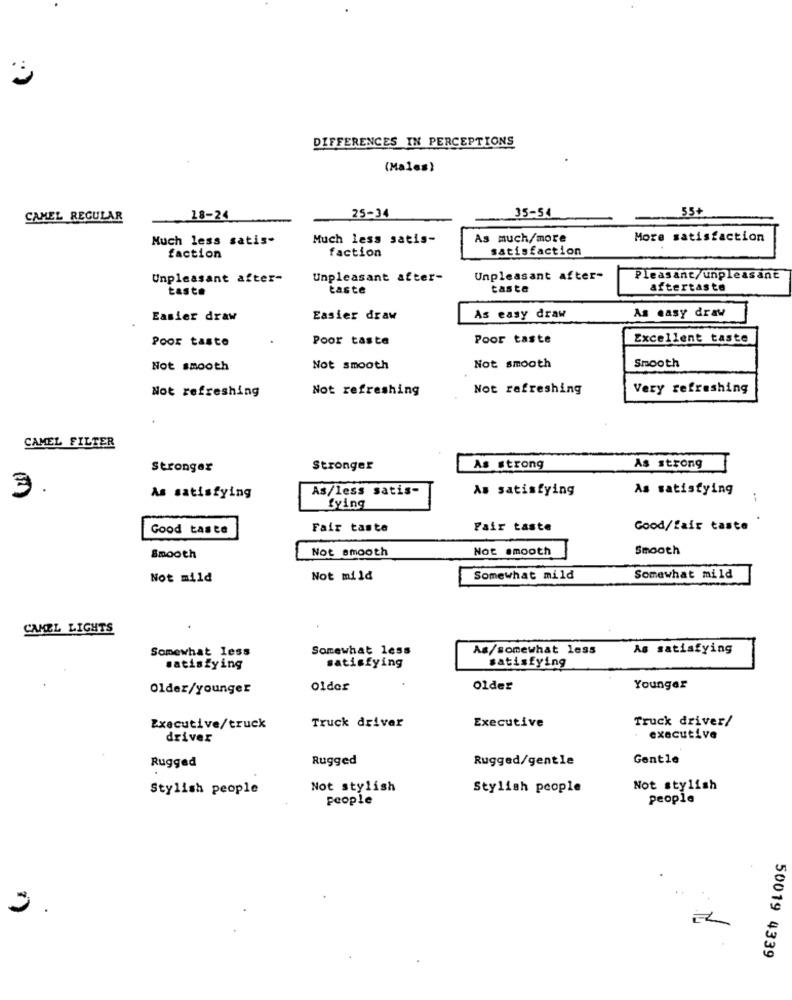
3
DIFFERENCES IN PERCEPTIONS
(Males)
35-54
55
CAMEL REGULAR
18-24
25-34
Much less satis-
Much less satis-
As much/more
More satisfaction
faction
satisfaction
faction
Unpleasant after-
Unpleasant after-
Unpleasant after-
Pleasant/unpleasant
taste
taste
taste
aftertaste
As easy draw
Easier draw
Easier draw
As easy draw
Poor taste
Poor taste
Poor taste
Excellent taste
Not smooth
Smooth
Not smooth
Not smooth
Not refreshing
Not refreshing
Not refreshing
Very refreshing
CAMEL FILTER
Stronger
Stronger
As strong
As strong
As/less satis-
As satisfying
As satisfying
3.
As satisfying
--
fying
.
Good taste
Fair taste
Fair taste
Good/fair taste
Not smooth
Not smooth
Smooth
Smooth
Not mild
Not mild
Somewhat mild
Somewhat mild
CAMEL LIGHTS
Somewhat less
Somewhat less
As/somewhat less
As satisfying
satisfying
satisfying
satisfying
Older/younger
Older
Older
Younger
Truck driver
Executive
Truck driver/
Executive/truck
driver
executive
Rugged
Rugged
Rugged/gentle
Gentle
Stylish people
Not stylish
Stylish people
Not stylish
people
people
50019 4339